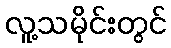
လူ့သမိုင်းတွင်